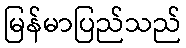
မြန်မာပြည်သည်